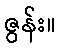
ဇွန်း။